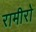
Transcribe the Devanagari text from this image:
रामीरो